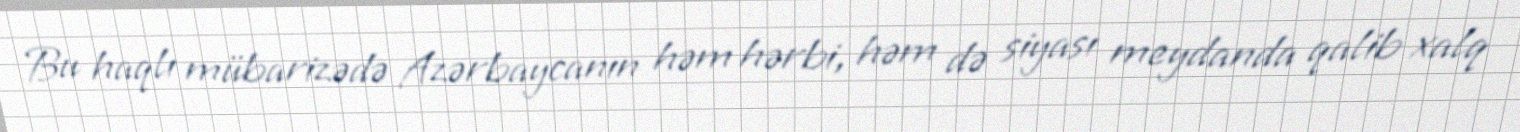
Bu haqlı mübarizədə Azərbaycanın həm hərbi, həm də siyası meydanda qalib xalq